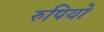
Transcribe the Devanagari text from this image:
रुपियो